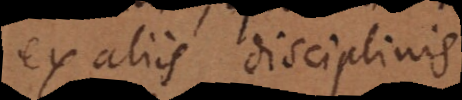
ex aliis disciplinis,